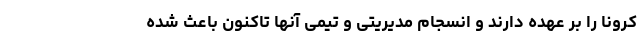
کرونا را بر عهده دارند و انسجام مدیریتی و تیمی آنها تاکنون باعث شده